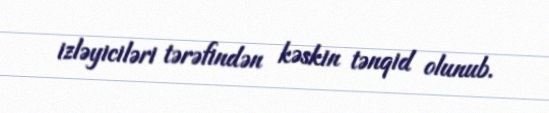
izləyiciləri tərəfindən kəskin tənqid olunub.